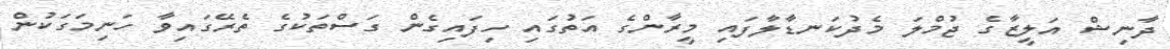
ދާނިޝް އަލީޒާގެ ޖުމްލަ މެދުކަނޑާލާފައި މީރާންގެ އަތުގައި ހިފައިގެން ގަސްތަކުގެ ތެރޭގައިވާ ހަނިމަގަކުން